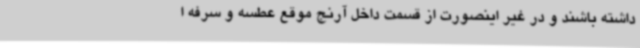
داشته باشند و در غیر اینصورت از قسمت داخل آرنج موقع عطسه و سرفه ا